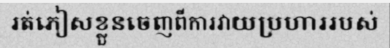
រត់ភៀសខ្លួនចេញពីការវាយប្រហាររបស់